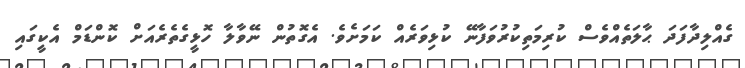
ގެއްލިދާފަދަ ޙާލަތެއްވެސް ކުރިމަތިކުރުވަފާނޭ ކުޅިވަރެއް ކަމަށެވެ. އެގޮތުން ނޭވާލާ ހޮޅީގެތެރެއަށް ކޮންޑަމް އެކީގައި